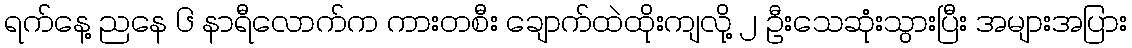
ရက်နေ့ ညနေ ၆ နာရီလောက်က ကားတစီး ချောက်ထဲထိုးကျလို့ ၂ ဦးသေဆုံးသွားပြီး အများအပြား